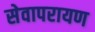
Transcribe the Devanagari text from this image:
सेवापरायण